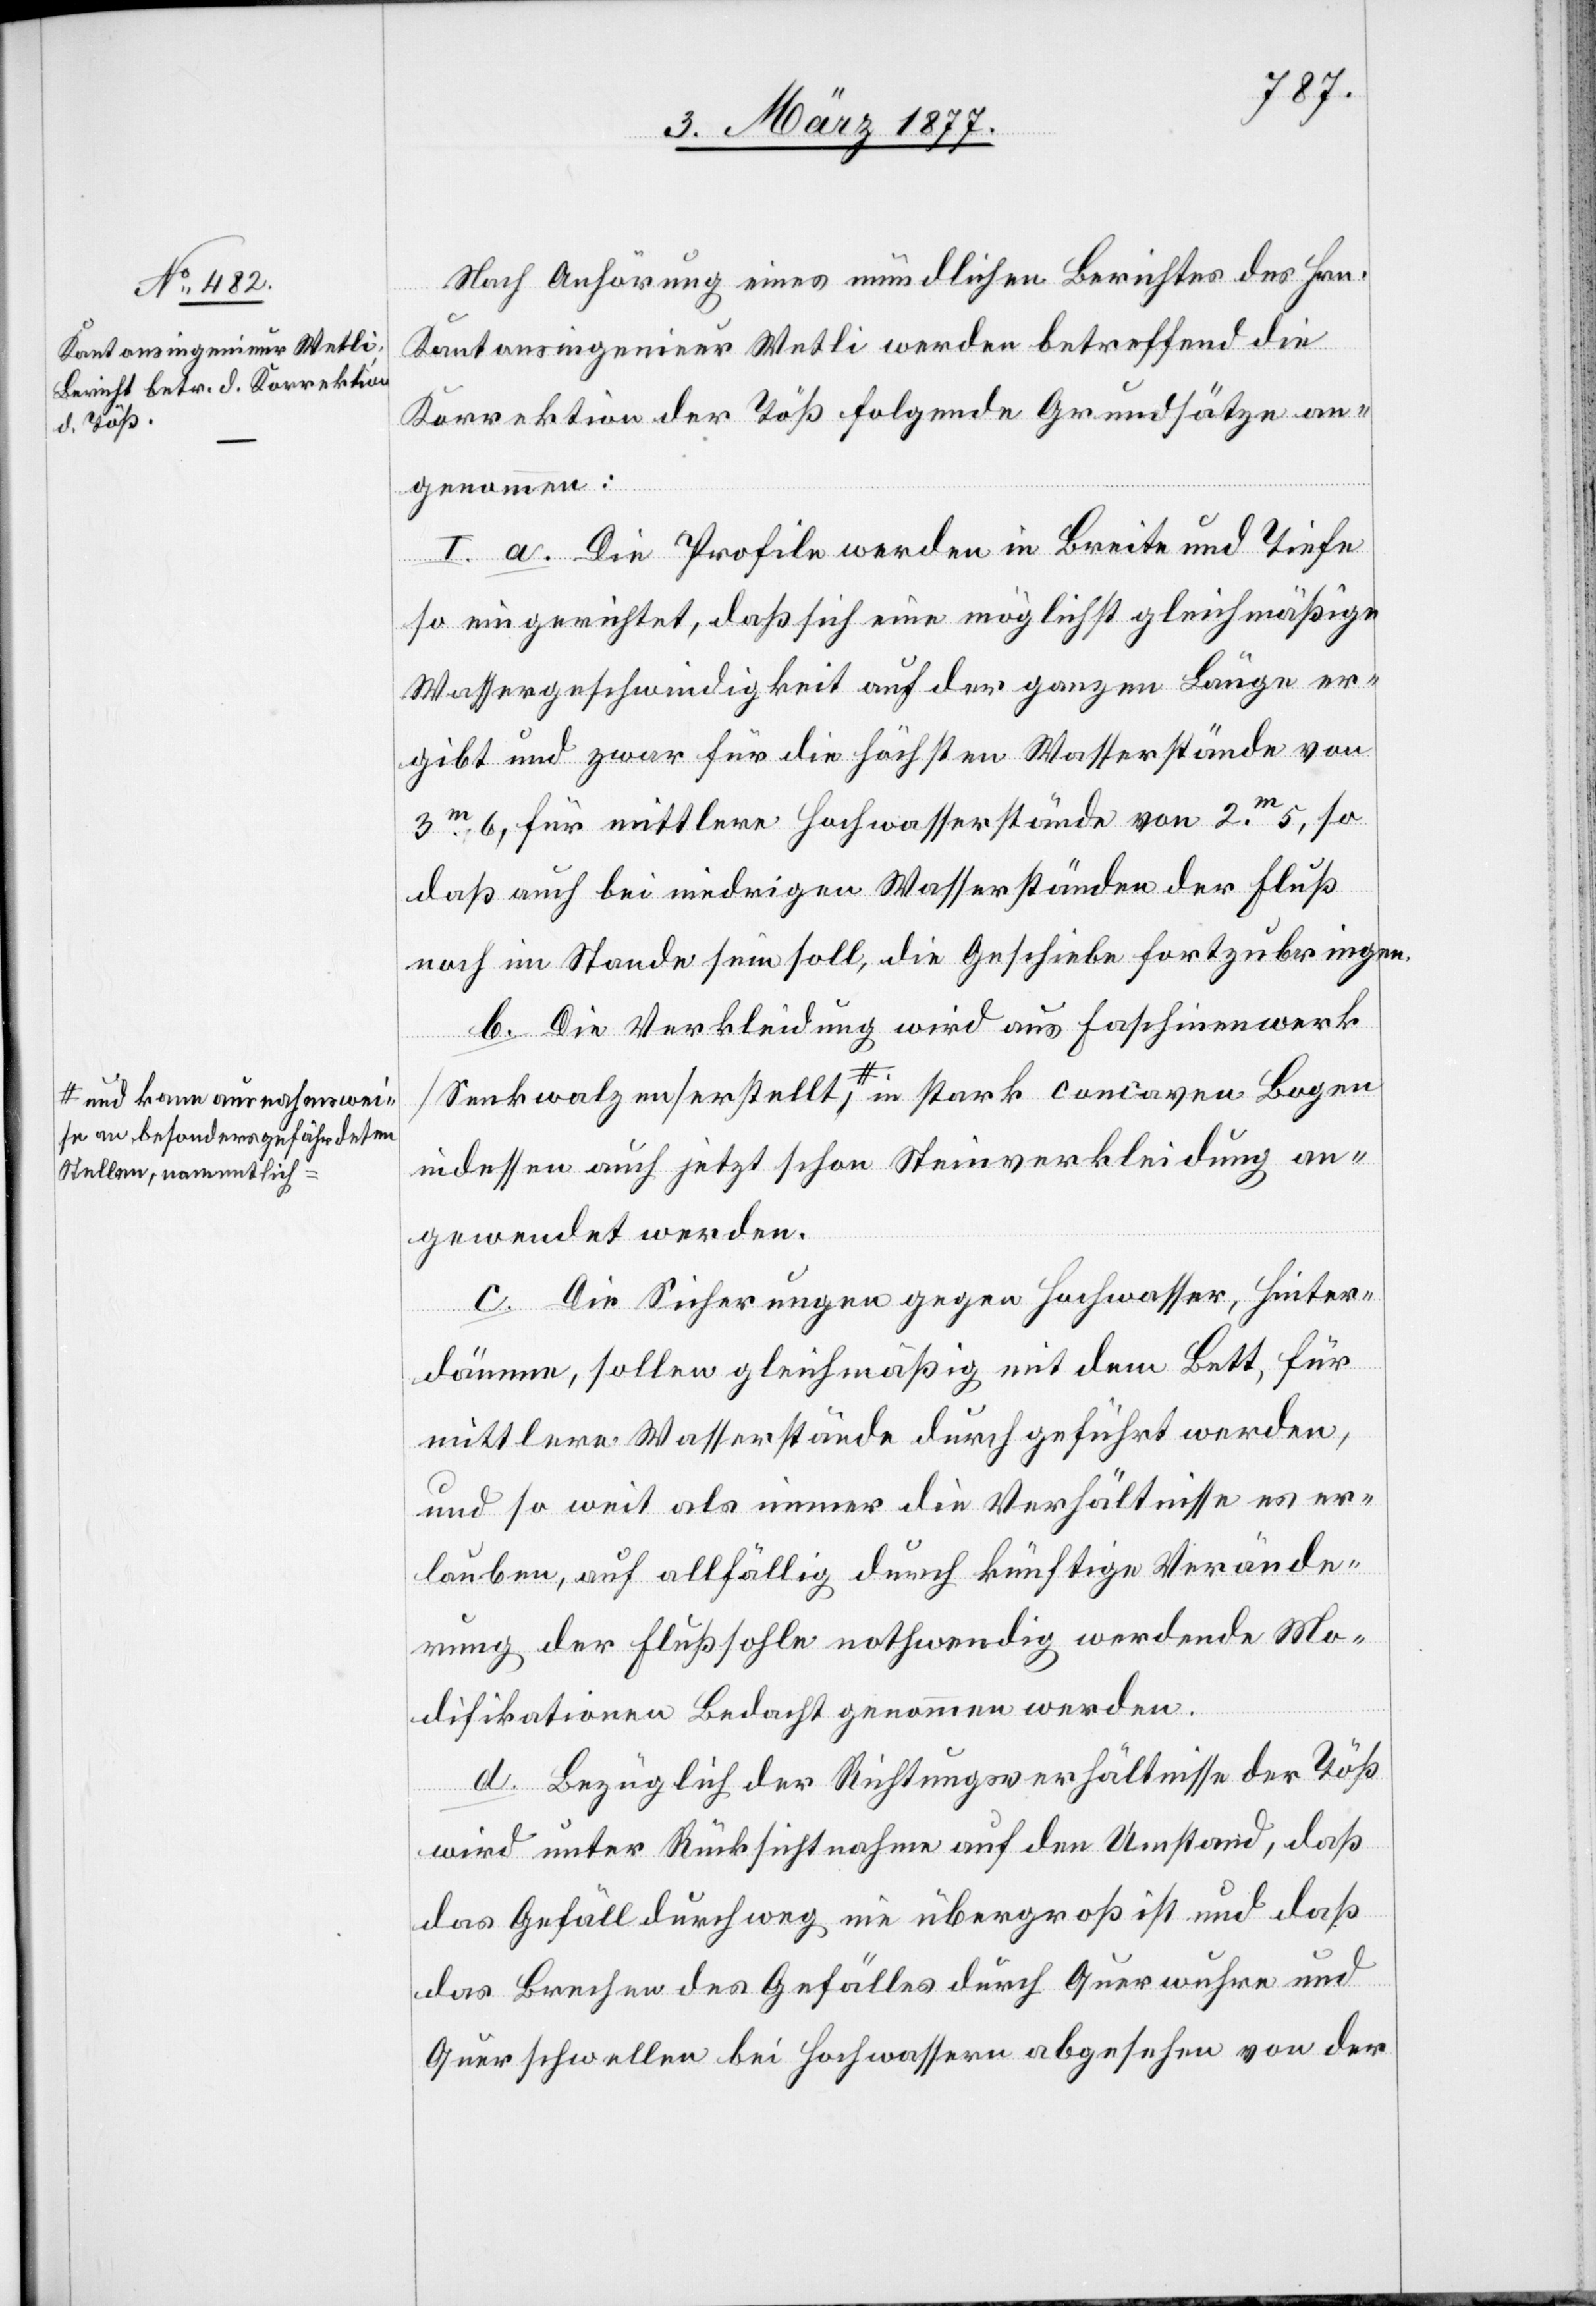
a-und kann ausnahmswei¬
se an besonders gefährdeten
Stellen, namentlich-a

Nach Anhörung eines mündlichen Berichtes des Hrn.
Kantonsingenieur Welti werden betreffend die
Korrektion der Töß folgende Grundsätze an¬
genommen:
I. a. Die Profile werden in Breite und Tiefe
so eingerichtet, daß sich eine möglichst gleichmäßige
Wassergeschwindigkeit auf der ganzen Länge er¬
gibt und zwar für die höchsten Wasserstände von
3m 6, für mittlere Hochwasserstände von 2.m 5, so
daß auch bei niedrigen Wasserständen der Fluß
noch im Stande sein soll, die Geschiebe fortzubringen.
b. Die Verkleidung wird aus Faschinenwerk
indessen auch jetzt schon Steinverkleidung an¬
gewendet werden.
c. Die Sicherungen gegen Hochwasser, Hinter¬
dämme, sollen gleichmäßig mit dem Bett, für
mittlere Wasserstände durchgeführt werden,
und so weit als immer die Verhältnisse es er¬
lauben, auf allfällig durch künftige Verände¬
rungen der Flußsohle nothwendig werdende Mo¬
difikationen Bedacht genommen werden.
d. Bezüglich der Richtungsverhältnisse der Töß
wird unter Rücksichtnahme auf den Umstand, daß
das Gefäll durchweg nie übergroß ist und daß
das Brechen des Gefälles durch Querwuhre und
Querschwellen bei Hochwassern abgesehen von der